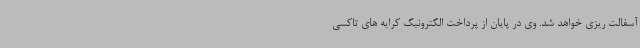
آسفالت ریزی خواهد شد. وی در پایان از پرداخت الکترونیک کرایه های تاکسی